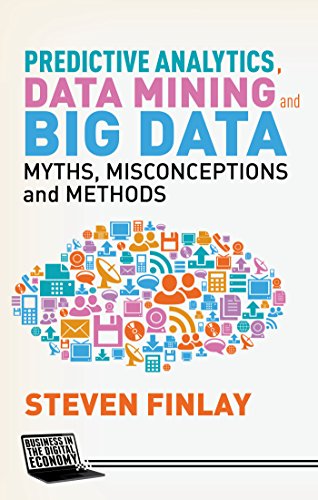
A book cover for Predictive Analytics, Data Mining and Big Data: Myths, Misconceptions and Methods (Business in the Digital Economy); Steven Finlay; Business & Money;